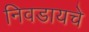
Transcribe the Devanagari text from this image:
निवडायचे